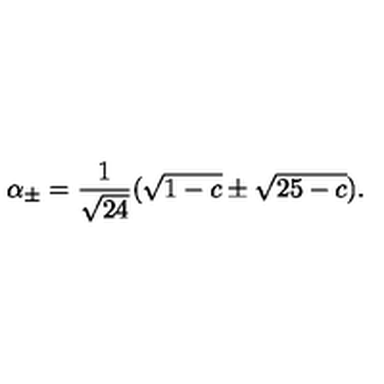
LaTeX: \alpha _ { \pm } = \frac { 1 } { \sqrt { 2 4 } } ( \sqrt { 1 - c } \pm \sqrt { 2 5 - c } ) .